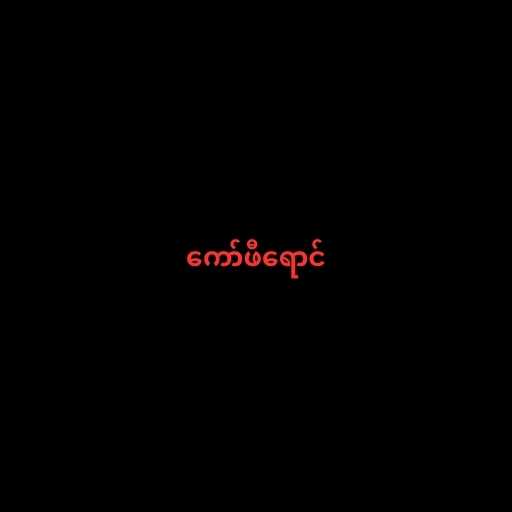
ကော်ဖီရောင်